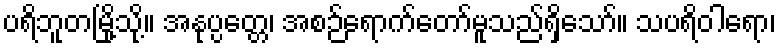
ပရိဘူတမြို့သို့။ အနုပ္ပတ္တေ၊ အစဉ်ရောက်တော်မူသည်ရှိသော်။ သပရိဝါရော၊